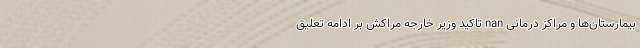
بیمارستان‌ها و مراکز درمانی nan تاکید وزیر خارجه مراکش بر ادامه تعلیق